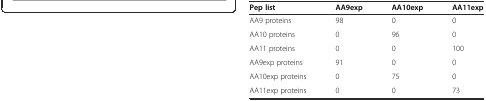
<table><thead><tr><td><b>Pep list</b></td><td><b>AA9exp</b></td><td><b>AA10exp</b></td><td><b>AA11exp</b></td></tr></thead><tbody><tr><td>AA9 proteins</td><td>98</td><td>0</td><td>0</td></tr><tr><td>AA10 proteins</td><td>0</td><td>96</td><td>0</td></tr><tr><td>AA11 proteins</td><td>0</td><td>0</td><td>100</td></tr><tr><td>AA9exp proteins</td><td>91</td><td>0</td><td>0</td></tr><tr><td>AA10exp proteins</td><td>0</td><td>75</td><td>0</td></tr><tr><td>AA11exp proteins</td><td>0</td><td>0</td><td>73</td></tr></tbody></table>